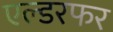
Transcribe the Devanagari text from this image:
एल्डरफर